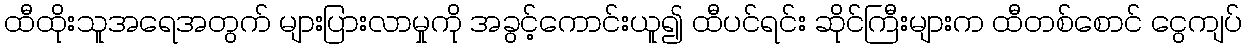
ထီထိုးသူအရေအတွက် များပြားလာမှုကို အခွင့်ကောင်းယူ၍ ထီပင်ရင်း ဆိုင်ကြီးများက ထီတစ်စောင် ငွေကျပ်